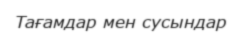
Тағамдар мен сусындар